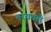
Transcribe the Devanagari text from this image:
भरववले